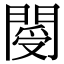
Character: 閿